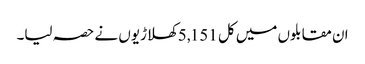
ان مقابلوں میں کل 5,151 کھلاڑیوں نے حصہ لیا۔